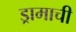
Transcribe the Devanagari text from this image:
ड्रामाची